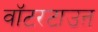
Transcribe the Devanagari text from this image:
वॉटरटाउऩ